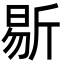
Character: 𣂨